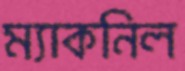
ম্যাকনিল